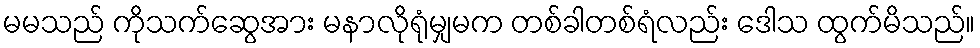
မမသည် ကိုသက်ဆွေအား မနာလိုရုံမျှမက တစ်ခါတစ်ရံလည်း ဒေါသ ထွက်မိသည်။